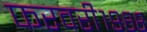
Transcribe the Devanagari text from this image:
फरवरी१९६८